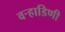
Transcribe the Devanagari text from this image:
वर्‍हाडिणी